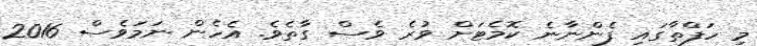
މި ހަފްތާގައި ފެންނާނެ ކޮމެޓަށް ވުރެ ވެސް ގާތެވެ. އެހެން ނަމަވެސް 2016